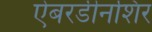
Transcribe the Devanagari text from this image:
ऐबरडीनशिर